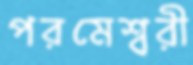
পরমেশ্বরী